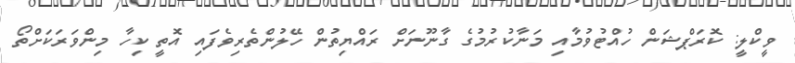
ވީކްލީ: ކޮރަޕްޝަން ހުއްޓުވުމާއި މަނާކުރުމުގެ ގާނޫނަށް ރައްޔިތުން ހޭލުންތެރިވެފައި އޮތީ ކިހާ މިންވަރަކަށްތޯ